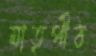
মাতৃপীঠ